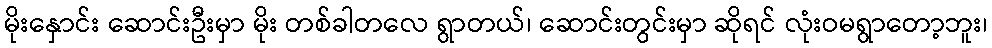
မိုးနှောင်း ဆောင်းဦးမှာ မိုး တစ်ခါတလေ ရွာတယ်၊ ဆောင်းတွင်းမှာ ဆိုရင် လုံးဝမရွာတော့ဘူး၊